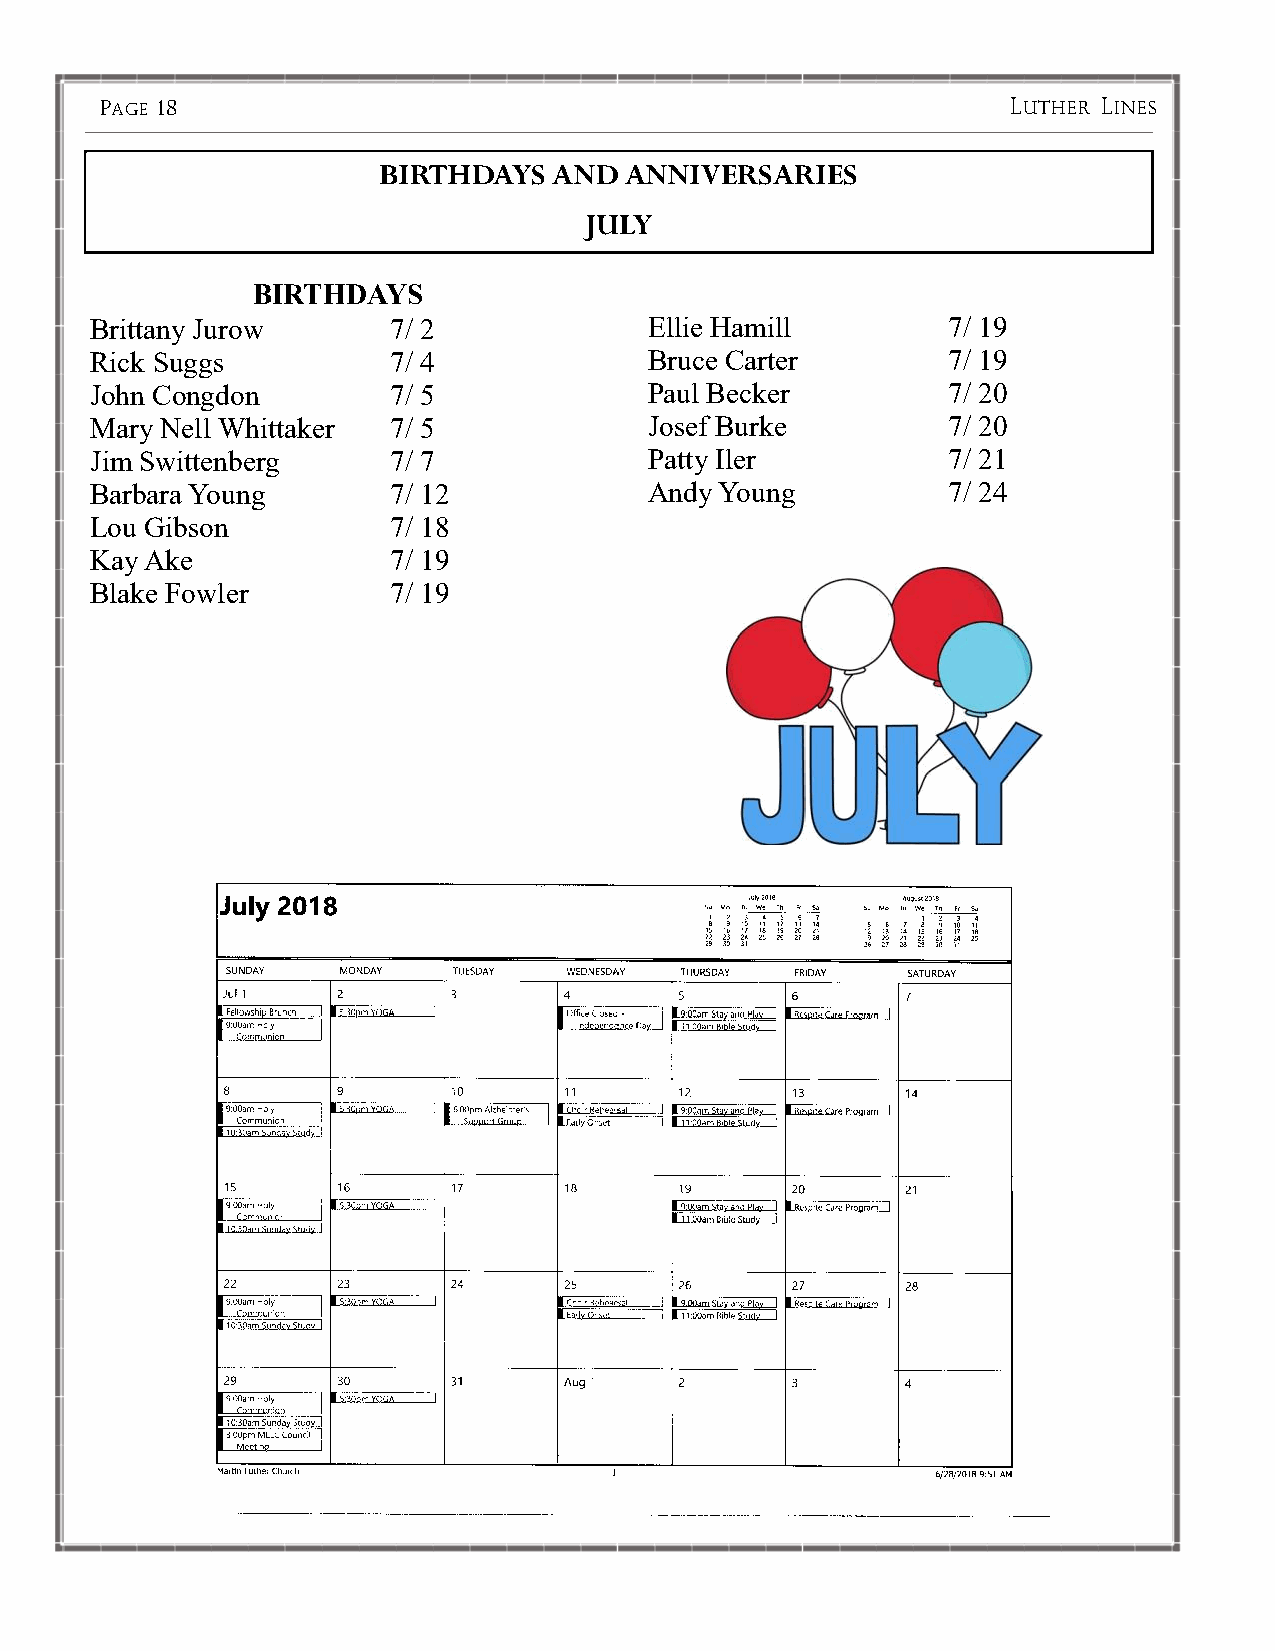
PAGE 18                                                     LUTHER LINES
 BIRTHDAYS   AND ANNIVERSARIES
 JULY
 BIRTHDAYS
 Brittany Jurow      7/ 2             Ellie Hamill        7/ 19
 Rick Suggs          7/ 4             Bruce Carter        7/ 19
 John Congdon        7/ 5             Paul Becker         7/ 20
 Mary Nell Whittaker 7/ 5             Josef Burke         7/ 20
 Jim Swittenberg     7/ 7             Patty Iler          7/ 21
 Barbara Young       7/ 12            Andy Young          7/ 24
 Lou Gibson          7/ 18
 Kay Ake             7/ 19
 Blake Fowler        7/ 19